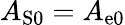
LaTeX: A_{\mathrm{S}0}=A_{\mathrm{e}0}